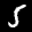
Label: 5